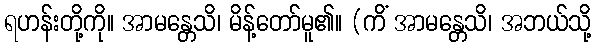
ရဟန်းတို့ကို။ အာမန္တေသိ၊ မိန့်တော်မူ၏။ (ကိံ အာမန္တေသိ၊ အဘယ်သို့